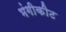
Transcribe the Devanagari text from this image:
भंगीकीट